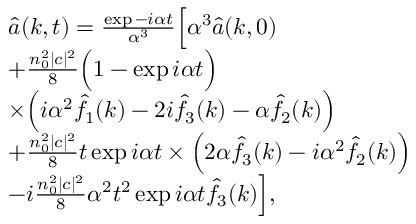
\begin{array} { r l } & { \hat { a } ( k , t ) = \frac { \exp { - i \alpha t } } { \alpha ^ { 3 } } \Big [ \alpha ^ { 3 } \hat { a } ( k , 0 ) } \\ & { + \frac { n _ { 0 } ^ { 2 } | c | ^ { 2 } } { 8 } \Big ( 1 - \exp { i \alpha t } \Big ) } \\ & { \times \Big ( i \alpha ^ { 2 } \hat { f _ { 1 } } ( k ) - 2 i \hat { f _ { 3 } } ( k ) - \alpha \hat { f _ { 2 } } ( k ) \Big ) } \\ & { + \frac { n _ { 0 } ^ { 2 } | c | ^ { 2 } } { 8 } t \exp { i \alpha t } \times \Big ( 2 \alpha \hat { f _ { 3 } } ( k ) - i \alpha ^ { 2 } \hat { f _ { 2 } } ( k ) \Big ) } \\ & { - i \frac { n _ { 0 } ^ { 2 } | c | ^ { 2 } } { 8 } \alpha ^ { 2 } t ^ { 2 } \exp { i \alpha t } \hat { f _ { 3 } } ( k ) \Big ] , } \end{array}